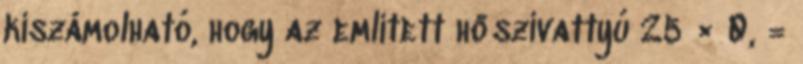
kiszámolható, hogy az említett hőszivattyú 25 × 0, =